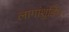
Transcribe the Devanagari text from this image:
लागांशुडिंभ